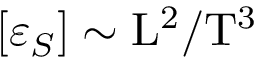
[ \varepsilon _ { S } ] \sim \mathrm { L } ^ { 2 } / \mathrm { T } ^ { 3 }